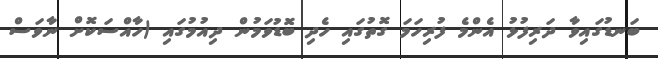
ބަނޑުގައިވާ ދަރިފުޅު އެންމެ ފުރިހަމަ ގޮތުގައި ހެދި ބޮޑުވަމުން ދިއުމުގައި (ހާއްސަކޮށް ނާވަސް